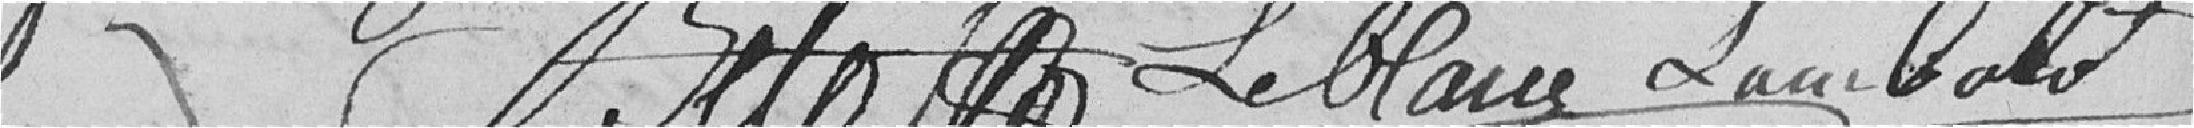
Belot Leblanc Lambold